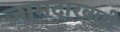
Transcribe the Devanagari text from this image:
जामदारवाडी